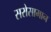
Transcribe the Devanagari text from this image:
सरोसामान